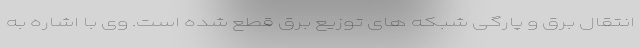
انتقال برق و پارگی شبکه های توزیع برق قطع شده است. وی با اشاره به